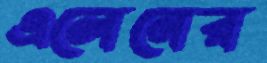
এলেনের